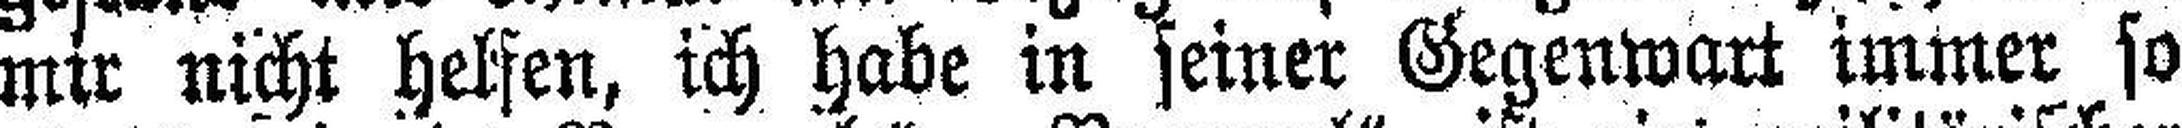
mir nicht helfen, ich habe in seiner Gegenwart immer so